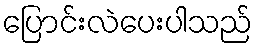
ပြောင်းလဲပေးပါသည်